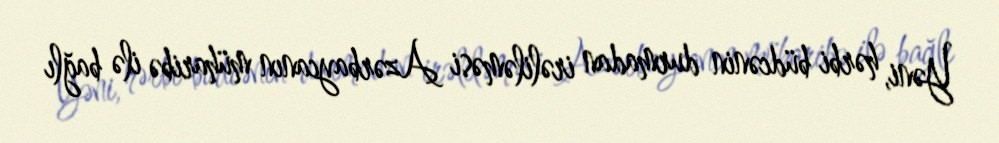
Yəni, hərbi büdcənin durmadan irəliləməsi Azərbaycanın müharibə ilə bağlı